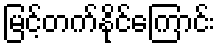
မြင့်တက်နိုင်ကြောင်း